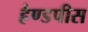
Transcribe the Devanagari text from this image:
हैण्डपीस